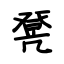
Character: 凳